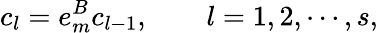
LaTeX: c_{l}=e_{m}^{B}c_{l-1},\qquad l=1,2,\cdots,s,